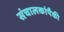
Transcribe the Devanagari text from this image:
संचालकांपैकी